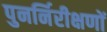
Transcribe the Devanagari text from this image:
पुनर्निरीक्षणों